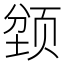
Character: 𲊽